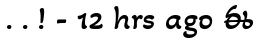
. . ! - 12 hrs ago ఈ